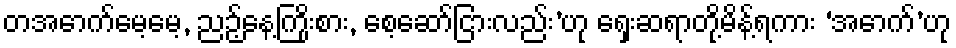
တအောက်မေ့မေ့, ညဉ့်နေ့ကြိုးစား, စေ့ဆော်ငြားလည်း’ဟု ရှေးဆရာတို့မိန့်ရကား ‘အောက်’ဟု